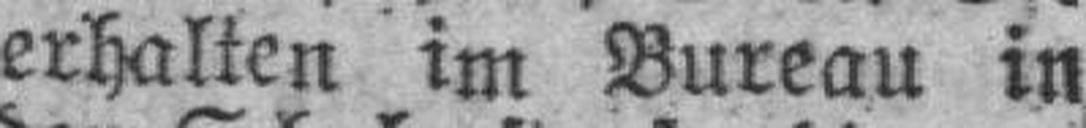
erhalten im Bureau in